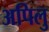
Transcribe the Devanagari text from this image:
अपिलु